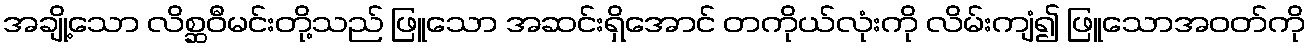
အချို့သော လိစ္ဆဝီမင်းတို့သည် ဖြူသော အဆင်းရှိအောင် တကိုယ်လုံးကို လိမ်းကျံ၍ ဖြူသောအဝတ်ကို